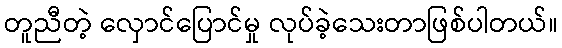
တူညီတဲ့ လှောင်ပြောင်မှု လုပ်ခဲ့သေးတာဖြစ်ပါတယ်။